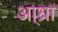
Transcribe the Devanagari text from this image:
आ्ध्रा